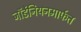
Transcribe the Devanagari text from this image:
जॉर्डेनियनमार्फत